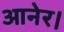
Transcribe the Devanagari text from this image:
आनेर।